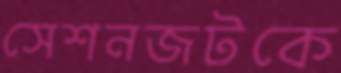
সেশনজটকে